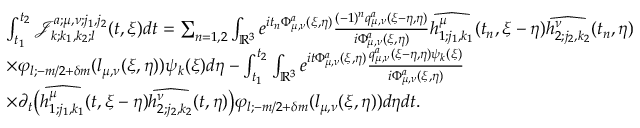
\begin{array} { r l } & { \int _ { t _ { 1 } } ^ { t _ { 2 } } \mathcal { J } _ { k ; k _ { 1 } , k _ { 2 } ; l } ^ { a ; \mu , \nu ; j _ { 1 } , j _ { 2 } } ( t , \xi ) d t = \sum _ { n = 1 , 2 } \int _ { \mathbb { R } ^ { 3 } } e ^ { i t _ { n } \Phi _ { \mu , \nu } ^ { a } ( \xi , \eta ) } \frac { ( - 1 ) ^ { n } q _ { \mu , \nu } ^ { a } ( \xi - \eta , \eta ) } { i \Phi _ { \mu , \nu } ^ { a } ( \xi , \eta ) } \widehat { h _ { 1 ; j _ { 1 } , k _ { 1 } } ^ { \mu } } ( t _ { n } , \xi - \eta ) \widehat { h _ { 2 ; j _ { 2 } , k _ { 2 } } ^ { \nu } } ( t _ { n } , \eta ) } \\ & { \times \varphi _ { l ; - m / 2 + \delta m } ( l _ { \mu , \nu } ( \xi , \eta ) ) \psi _ { k } ( \xi ) d \eta - \int _ { t _ { 1 } } ^ { t _ { 2 } } \int _ { \mathbb { R } ^ { 3 } } e ^ { i t \Phi _ { \mu , \nu } ^ { a } ( \xi , \eta ) } \frac { q _ { \mu , \nu } ^ { a } ( \xi - \eta , \eta ) \psi _ { k } ( \xi ) } { i \Phi _ { \mu , \nu } ^ { a } ( \xi , \eta ) } } \\ & { \times \partial _ { t } \big ( \widehat { h _ { 1 ; j _ { 1 } , k _ { 1 } } ^ { \mu } } ( t , \xi - \eta ) \widehat { h _ { 2 ; j _ { 2 } , k _ { 2 } } ^ { \nu } } ( t , \eta ) \big ) \varphi _ { l ; - m / 2 + \delta m } ( l _ { \mu , \nu } ( \xi , \eta ) ) d \eta d t . } \end{array}